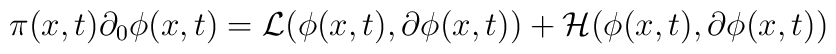
\pi(x, t)\partial_0 \phi(x, t) = {\cal L}(\phi(x, t), \partial  \phi (x, t)) + {\cal H}(\phi(x, t), \partial  \phi (x, t))